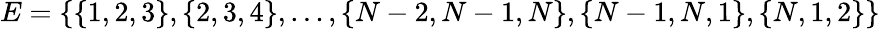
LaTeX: E=\{ \{ 1,2,3\} ,\{ 2,3,4\} ,\ldots,\{ N-2,N-1,N\} ,\{ N-1,N,1\} ,\{ N,1,2\} \}